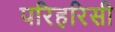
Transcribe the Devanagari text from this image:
परिहरिसी